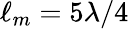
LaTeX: \ell_{m}=5\lambda/4